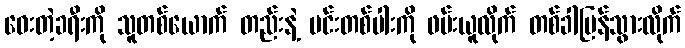
ဝေးတဲ့ခရီးကို သူတစ်ယောက် တည်းနဲ့ မင်းတစ်ပါးကို ဖမ်းယူလိုက် တစ်ခါပြန်သွားလိုက်